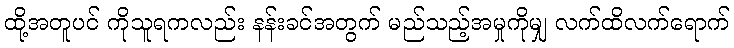
ထို့အတူပင် ကိုသူရကလည်း နန်းခင်အတွက် မည်သည့်အမှုကိုမျှ လက်ထိလက်ရောက်